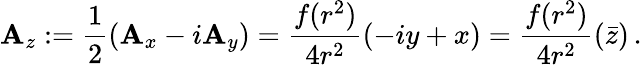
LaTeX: \mathbf{A}_{z}:=\frac{{1}}{{2}}\left(\mathbf{A}_{x}-i\mathbf{A}_{y}\right)=\frac{{f(r^{2})}}{{4r^{2}}}\left(-iy+x\right)=\frac{{f(r^{2})}}{{4r^{2}}}\left(\bar{{z}}\right)\, .